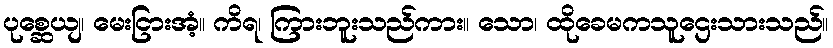
ပုစ္ဆေယျ၊ မေးငြားအံ့။ ကိရ၊ ကြားဘူးသည်ကား။ သော၊ ထိုခေမကသူဌေးသားသည်။